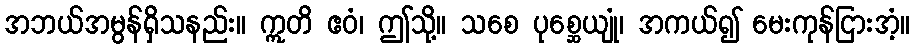
အဘယ်အမွန်ရှိသနည်း။ ဣတိ ဧဝံ၊ ဤသို့။ သစေ ပုစ္ဆေယျုံ၊ အကယ်၍ မေးကုန်ငြားအံ့။